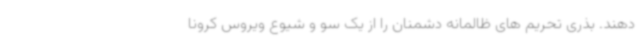
دهند. بذری تحریم های ظالمانه دشمنان را از یک سو و شیوع ویروس کرونا